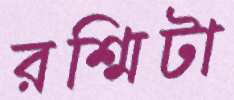
রশ্মিটা